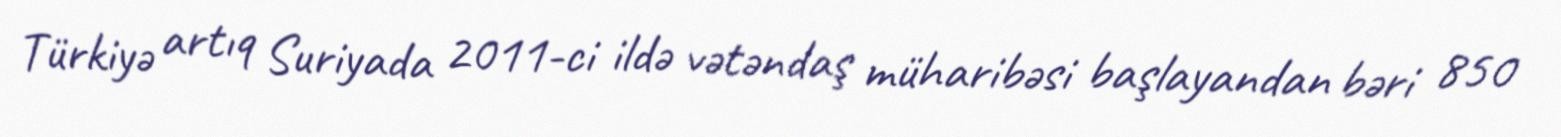
Türkiyə artıq Suriyada 2011-ci ildə vətəndaş müharibəsi başlayandan bəri 850